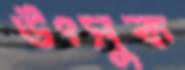
উৎসুক